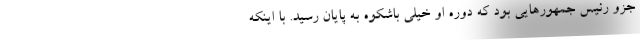
جزو رئیس جمهورهایی بود که دوره او خیلی باشکوه به پایان رسید. با اینکه